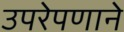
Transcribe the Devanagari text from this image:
उपरेपणाने